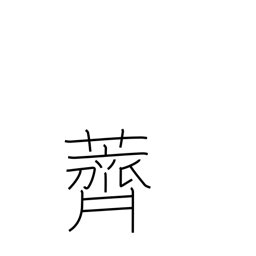
Meaning: water-chestnuts